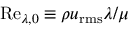
\mathrm { R e } _ { \lambda , 0 } \equiv \rho u _ { \mathrm { r m s } } \lambda / \mu